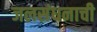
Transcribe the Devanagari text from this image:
जलसंधनाची